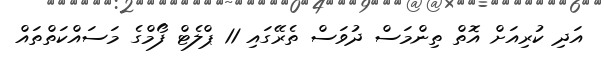
އަދި ކުރިއަށް އޮތް ތިންމަސް ދުވަސް ތެރޭގައި 11 ޕްލެޓް ފޯމްގެ މަސައްކަތްތައް